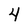
Character: 4